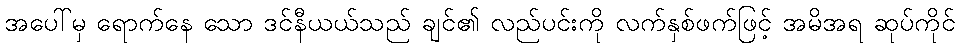
အပေါ်မှ ရောက်နေ သော ဒင်နီယယ်သည် ချင်၏ လည်ပင်းကို လက်နှစ်ဖက်ဖြင့် အမိအရ ဆုပ်ကိုင်